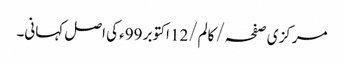
مرکزی صفحہ/ کالم/12 اکتوبر 99ء کی اصل کہانی۔